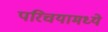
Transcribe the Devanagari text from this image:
परिचयामध्ये